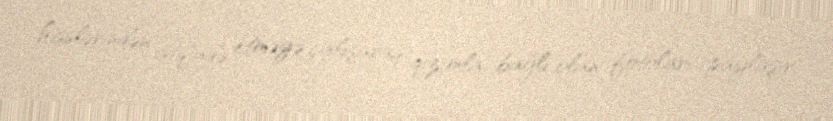
hisslərindən istifadə etməyə çalışaraq, qızımla bağlı olan fotoları paylaşır.